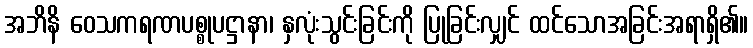
အဘိနိ ဝေသကရဏပစ္စုပဋ္ဌာနာ၊ နှလုံးသွင်းခြင်းကို ပြုခြင်းလျှင် ထင်သောအခြင်းအရာရှိ၏။